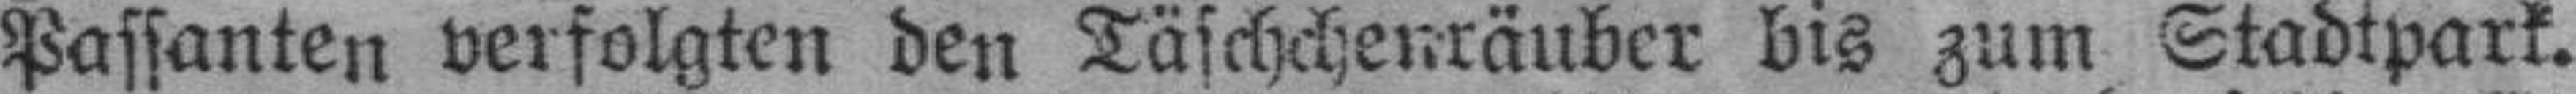
Passanten verfolgten den Täschchenräuber bis zum Stadtpark.